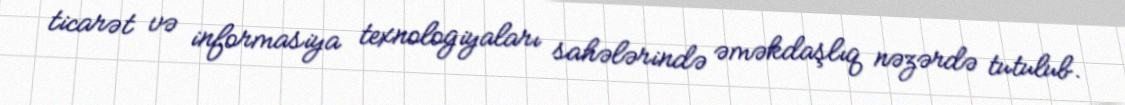
ticarət və informasiya texnologiyaları sahələrində əməkdaşlıq nəzərdə tutulub.